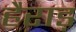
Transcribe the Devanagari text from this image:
हैराड़